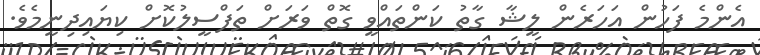
އެންމެ ފަހުން އަަހަރެން ލީޝާ ގާތު ކަންތައްވީ ގޮތް ވަރަށް ތަފްސީލުކޮށް ކިޔައިދިނީމެވެ.